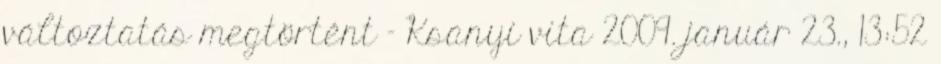
változtatás megtörtént – Ksanyi vita 2009. január 23., 13:52